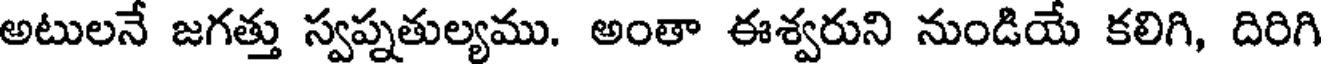
అటులనే జగత్తు స్వప్నతుల్యము. అంతా ఈశ్వరుని నుండియే కలిగి, దిరిగి